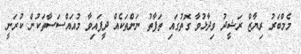
މެމްބަރު ރިޔާޒް ރަޝީދު ވިދާޅުވާ ގޮތުގައި ތަފާތު ނަންތަކެއް ދީފައިވާ މުއައްސަސާތަކުން ކުރަނީ